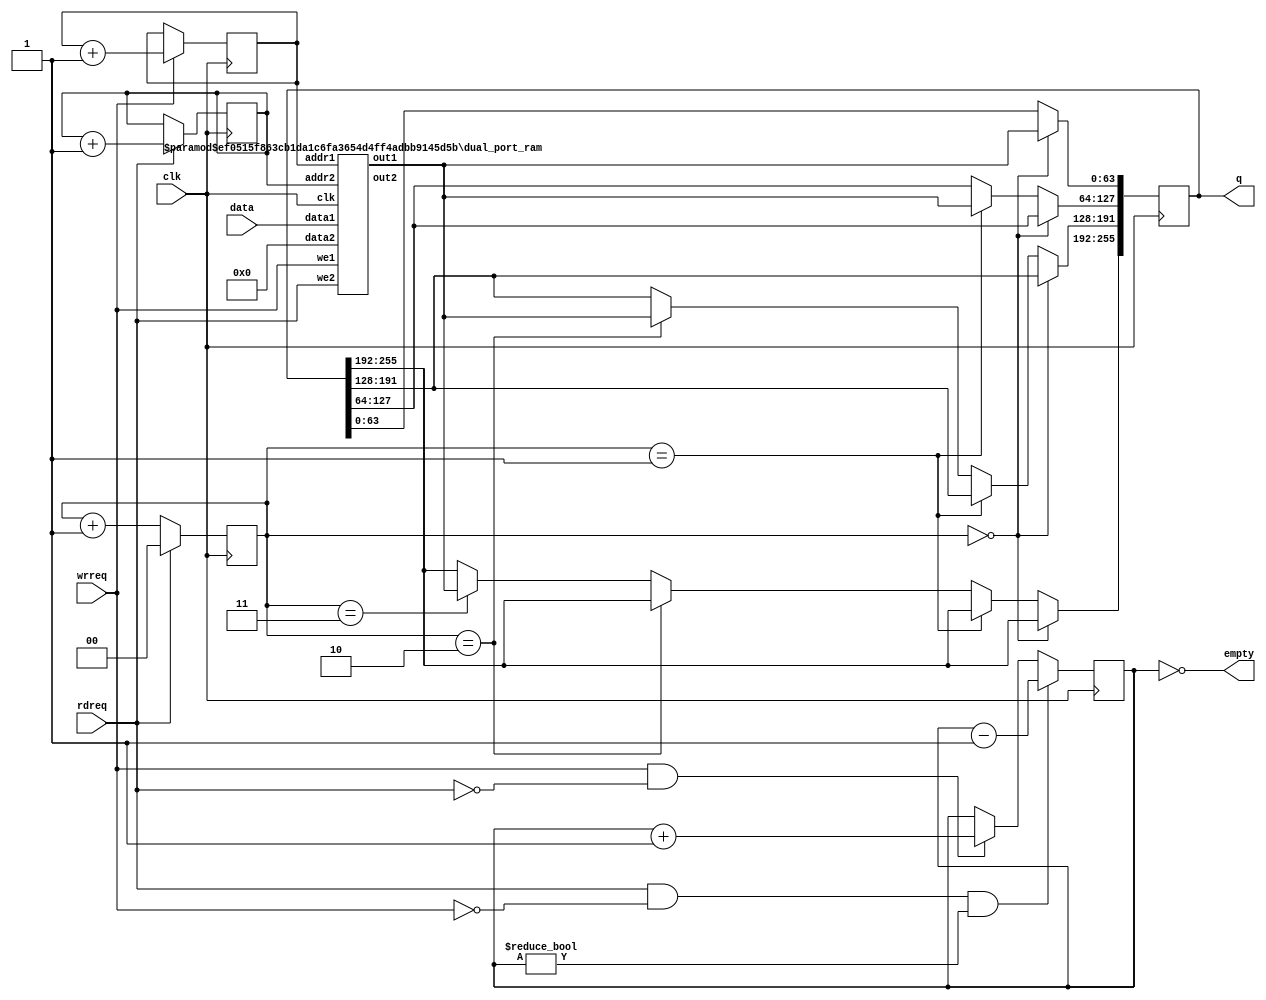
`define NWIDTH 6'b010100
`define BLOCKWIDTH 4'b0101
`define DDRWIDTH 7'b0100000
`define DDRNUMDQS 4'b0100
`define DDRSIZEWIDTH 6'b011000
`define BURSTLEN 3'b010
`define MEMCONWIDTH 8'b01000000
`define MEMCONNUMBYTES 5'b01000
`define RAMWIDTH 10'b0100000000
`define RAMNUMBYTES 7'b0100000
`define RAMSIZEWIDTH 4'b0101
`define TOPWIDTH 7'b0100000
`define rFIFOINPUTWIDTH 8'b01000000
`define wFIFOINPUTWIDTH 10'b0100000000
`define mFIFOWIDTH 6'b011100
`define aFIFOWIDTH 4'b0101
`define SIMULATION_MEMORY
`define BLOCKM 6'b010000
`define BLOCKN 6'b010000
`define BLOCKMDIVK 3'b010
`define MEMBLOCKM 5'b01000
`define MEMBLOCKN 5'b01000
`define NWIDTH 6'b010100
`define BLOCKWIDTH 4'b0101
`define DDRSIZEWIDTH 6'b011000
`define RAMSIZEWIDTH 4'b0101
`define START 1'b0 //0
`define SETUP 2'b01 //1
`define FIRST 3'b010 //2
`define MODE0_SETUP 3'b011 //3
`define MODE0_WAIT 4'b0100 //4
`define MODE0 4'b0101 //5
`define MODE1_SETUP 4'b0110 //6
`define MODE1_WAIT 4'b0111 //7
`define MODE1 5'b01000 //8
`define MODE2_SETUP 5'b01001 //9
`define MODE2_WAIT 5'b01010 //10
`define MODE2 5'b01011 //11
`define MODE3_SETUP 5'b01100 //12
`define MODE3_WAIT 5'b01101 //13
`define MODE3 5'b01110 //14
`define STALL 5'b01111 //15
`define STALL_WAIT 6'b010000 //16
`define WAIT 6'b010001 //17
`define FINAL_WRITE 6'b010010 //18
`define FINAL_WAIT 6'b010011 //19
`define IDLE 6'b010100 //20
`define LAST_SETUP 6'b010101 //21
`define LAST_SETUP_WAIT 6'b010110 //22
`define LAST 6'b010111 //23
`define LAST_WAIT 6'b011000 //24
`define MEM_IDLE 1'b0 //0
`define MEM_WRITE 2'b01 //1
`define MEM_WRITE_WAIT 3'b010 //2
`define MEM_CHECK_DONE 3'b011 //3
`define MEM_READ 4'b0100 //4
`define MEM_READ_WAIT 4'b0101 //5
`define MEM_DONE 4'b0110 //6
`define MEM_WAIT_DONE 4'b0111 //7
`define rRAMSIZEWIDTH 5
`define cSETUP 4'b0000
`define cSTART 4'b0001
`define cFETCH_COL 4'b0010
`define cWAIT_COL 4'b0011
`define cFIND_REC 4'b0100
`define cMULT_COL 4'b0101
`define cUPDATE_J 4'b0110
`define cSTORE_MO 4'b0111
`define cMULT_SUB 4'b1000
`define cINCRE_I 4'b1001
`define cWAIT 4'b1010
`define cDONE 4'b1011
`define cSTORE_DIAG 4'b1100
`define cSTORE_DIAG2 4'b1101
`define cSTART_FETCH_ROW 4'b1110
`define cROW_WAIT 2'b00
`define cFETCH_ROW 2'b01
`define cDONE_FETCH_ROW 2'b10
`define cLOAD_ROW_INC_J 2'b11
`define PRECISION 7'b0100000
`define NUMPE 5'b01000
`define PEWIDTH 3'b011
`define BLOCKWIDTH 4'b0101
`define RAMWIDTH 10'b0100000000
`define RAMNUMBYTES 7'b0100000
`define RAMSIZEWIDTH 4'b0101
`define TOPSIZEWIDTH 5'b01000
`define TOPINPUTDELAY 3'b011
`define TOPOUTPUTDELAY 2'b01
`define MEMINPUTDELAY 3'b010
`define MEMOUTPUTDELAY 2'b01
`define TOPWIDTH 7'b0100000
//`define rFIFOINPUTWIDTH 64
`define rFIFOSIZE 64
`define rFIFOSIZEWIDTH 6
`define rFIFOOUTPUTWIDTH 256
`define rFIFORSIZEWIDTH 4
	`define wFIFOINPUTWIDTH 10'b0100000000
	`define wFIFOSIZE 6'b010000
	`define wFIFOSIZEWIDTH 4'b0100
	`define wFIFOOUTPUTWIDTH 8'b01000000
	`define wFIFORSIZEWIDTH 4'b0110
`define aFIFOSIZE 6'b010000
`define aFIFOSIZEWIDTH 4'b0100
`define aFIFOWIDTH 4'b0101
`define mFIFOSIZE 16
`define mFIFOSIZEWIDTH 4
//`define mFIFOWIDTH 28
`define BURSTLEN 3'b010
`define BURSTWIDTH 3'b010
`define DATAWIDTH 10'b0100000000
`define DATANUMBYTES 7'b0100000
`define MEMCONWIDTH 8'b01000000
`define MEMCONNUMBYTES 5'b01000
`define DDRSIZEWIDTH 6'b011000
`define FIFOSIZE 6'b010000
`define FIFOSIZEWIDTH 4'b0100
`define RAMWIDTH 10'b0100000000
`define RAMNUMBYTES 7'b0100000
`define RAMSIZEWIDTH 4'b0101
`define RATIO 4'b0100
`define RAMLAT 4'b0101
`define dIDLE 0
`define dWRITE 1
`define dREAD 2
`define ZERO        8'b00000000  
`define ONE         8'b00000001  
`define TWO         8'b00000010  
`define THREE 		  8'b00000011  
`define FOUR		  8'b00000100  
`define FIVE		  8'b00000101  
`define SIX         8'b00000110  
`define SEVEN       8'b00000111  
`define EIGHT       8'b00001000  
`define NINE        8'b00001001  
`define TEN         8'b00001010  
`define ELEVEN      8'b00001011  
`define TWELVE      8'b00001100  
`define THIRTEEN    8'b00001101  
`define FOURTEEN    8'b00001110  
`define FIFTEEN     8'b00001111  
`define SIXTEEN     8'b00010000  
`define SEVENTEEN   8'b00010001  
`define EIGHTEEN	  8'b00010010  
`define NINETEEN    8'b00010011  
`define TWENTY		  8'b00010100  
`define TWENTYONE   8'b00010101  
`define TWENTYTWO   8'b00010110  
`define TWENTYTHREE 8'b00010111  
`define TWENTYFOUR  8'b00011000  
`define WEXP	8  
`define WSIG	23  
`define WFLAG	5  
`define WCONTROL 5  
`define DIVZERO 	0  
`define INVALID 	1  
`define INEXACT 	2  
`define OVERFLOW 	3  
`define UNDERFLOW	4  
`define WIDTH 		32 	//(`WEXP + `WSIG + 1)  
`define PRODWIDTH	48 	//(2 * (`WSIG + 1))  
`define SHIFTWIDTH	96 	//(2 * `PRODWIDTH))  
`define WPRENORM	24	// `WSIG + 1  
`define WEXPSUM		10	// `WEXP + 2  
`define BIAS		127	// (2^(`WEXP)) - 1  
`define WSIGMINUS1	22	// `WSIG - 1, used for rounding  
`define WSHIFTAMT	5	// log2(`WSIG + 1) rounded up  
`define UNDERBIAS	192	// 3 * 2 ^ (`WEXP -2)  
`define OVERBIAS	-192	// -`UNDERBIAS  
`define	EXTRASIG	25		// `WSIG+2 this is the amount of precision needed so no  
`define	SHIFT		5		// # bits the max alignment shift will fit in (log2(`WSIG+2)  
`define	MAX_EXP		8'b11111110	// the maximum non-infinite exponent,  
`define	INF_EXP		8'b11111111	// Infinity exponent, `WEXP bits, all 1  
`define	MAX_SIG		23'b11111111111111111111111  
`define	WEXP_0		8'b0		// Exponent equals `WEXP'b0  
`define	WEXP_1		8'b1		// Exponent equals one `WEXP'b1  
`define	WSIG_0		23'b0		// Significand equals zero `WSIG'b0  
`define	WSIG_1		23'b1		// Significand equals one `WSIG'b1  
`define	EXTRASIG_0	25'b0		// All result bits for adder zero `EXTRASIG'b0  
`define	MAXSHIFT	24		// `WSIG + 1  
`define CONSTNAN	{9'b111111111,22'b0}  
`define CONSTZERO	31'b0  
`define CONSTINFINITY	{8'b11111111, 23'b0}  
`define CONSTLARGEST	{`MAX_EXP, `MAX_SIG}  
`define PRESHIFTZEROS  48'b0 // `PRODWIDTH'b0  

module rfifo (
	clk,
	data,
	rdreq,
	wrreq,
	empty,
	q
	);


	input	  clk;
	input	  wrreq;
	input	  rdreq;
	input	[`rFIFOINPUTWIDTH-1:0]  data;
	output	  empty;
	output	[`rFIFOOUTPUTWIDTH-1:0]  q;

	reg [`rFIFORSIZEWIDTH-1:0] wr_pointer;
	reg [`rFIFORSIZEWIDTH-1:0] rd_pointer;
	reg [`rFIFORSIZEWIDTH:0] status_cnt;
	reg [`rFIFOOUTPUTWIDTH-1:0] q ;
	reg[1:0] counter;
	wire [`rFIFOINPUTWIDTH-1:0] data_ram;
assign empty = (status_cnt == 7'b0000000);
wire [`rFIFOINPUTWIDTH-1:0]junk_input;
wire [`rFIFOINPUTWIDTH-1:0]junk_output;
assign junk_input = 64'b0000000000000000000000000000000000000000000000000000000000000000;
 always @ (posedge clk)
 begin  //WRITE_POINTER
	if (wrreq) 
	begin
 		wr_pointer <= wr_pointer + 1'b1;
	end
end
always @ (posedge clk)
begin  //READ_POINTER
	if (rdreq) 
	begin
	rd_pointer <= rd_pointer + 2'b01;
	end
end
always  @ (posedge clk )
begin  //READ_DATA
if (rdreq) 
	counter <= 0;
else 
	counter <= counter + 2'b01;
if(counter == 0)
	q[`rFIFOINPUTWIDTH-1:0] <= data_ram;
else if (counter == 1)
	q[127:64] <= data_ram;
else if (counter == 2)
	q[191:128] <= data_ram;
else if (counter == 3)
	q[255:192] <= data_ram;
end
always @ (posedge clk )
begin // : STATUS_COUNTER
	if ((rdreq) && (!wrreq) && (status_cnt != 0))
		status_cnt <= status_cnt - 1'b1;
// Write but no read.
	else if ((wrreq) && (!rdreq) && (status_cnt != 64 ))
		status_cnt <= status_cnt + 1'b1;
end 
  
  defparam ram_addr.ADDR_WIDTH = `rFIFORSIZEWIDTH;
  defparam ram_addr.DATA_WIDTH = `rFIFOINPUTWIDTH;
  dual_port_ram ram_addr(
.we1      (wrreq)      , // write enable
 .we2      (rdreq)       , // Read enable
.addr1 (wr_pointer) , // address_0 input 
.addr2 (rd_pointer) , // address_q input  
.data1    (data)    , // data_0 bi-directional
.data2    (junk_input),   // data_1 bi-directional
.clk(clk),
.out1	(data_ram),
.out2	(junk_output)
 ); 


endmodule
module dual_port_ram(
clk,
addr1,
addr2,
data1,
data2,
we1,
we2,
out1,
out2
);

parameter DATA_WIDTH = 256;
parameter ADDR_WIDTH = 10;
input clk;
input [ADDR_WIDTH-1:0] addr1;
input [ADDR_WIDTH-1:0] addr2;
input [DATA_WIDTH-1:0] data1;
input [DATA_WIDTH-1:0] data2;
input we1;
input we2;
output reg [DATA_WIDTH-1:0] out1;
output reg [DATA_WIDTH-1:0] out2;

reg [DATA_WIDTH-1:0] ram[ADDR_WIDTH-1:0];

always @(posedge clk) begin
  if (we1) begin
    ram[addr1] <= data1;
  end
  else begin
    out1 <= ram[addr1];
  end
end

always @(posedge clk) begin
  if (we2) begin
    ram [addr2] <= data2;
  end
  else begin
    out2 <= ram[addr2];
  end
end

endmodule